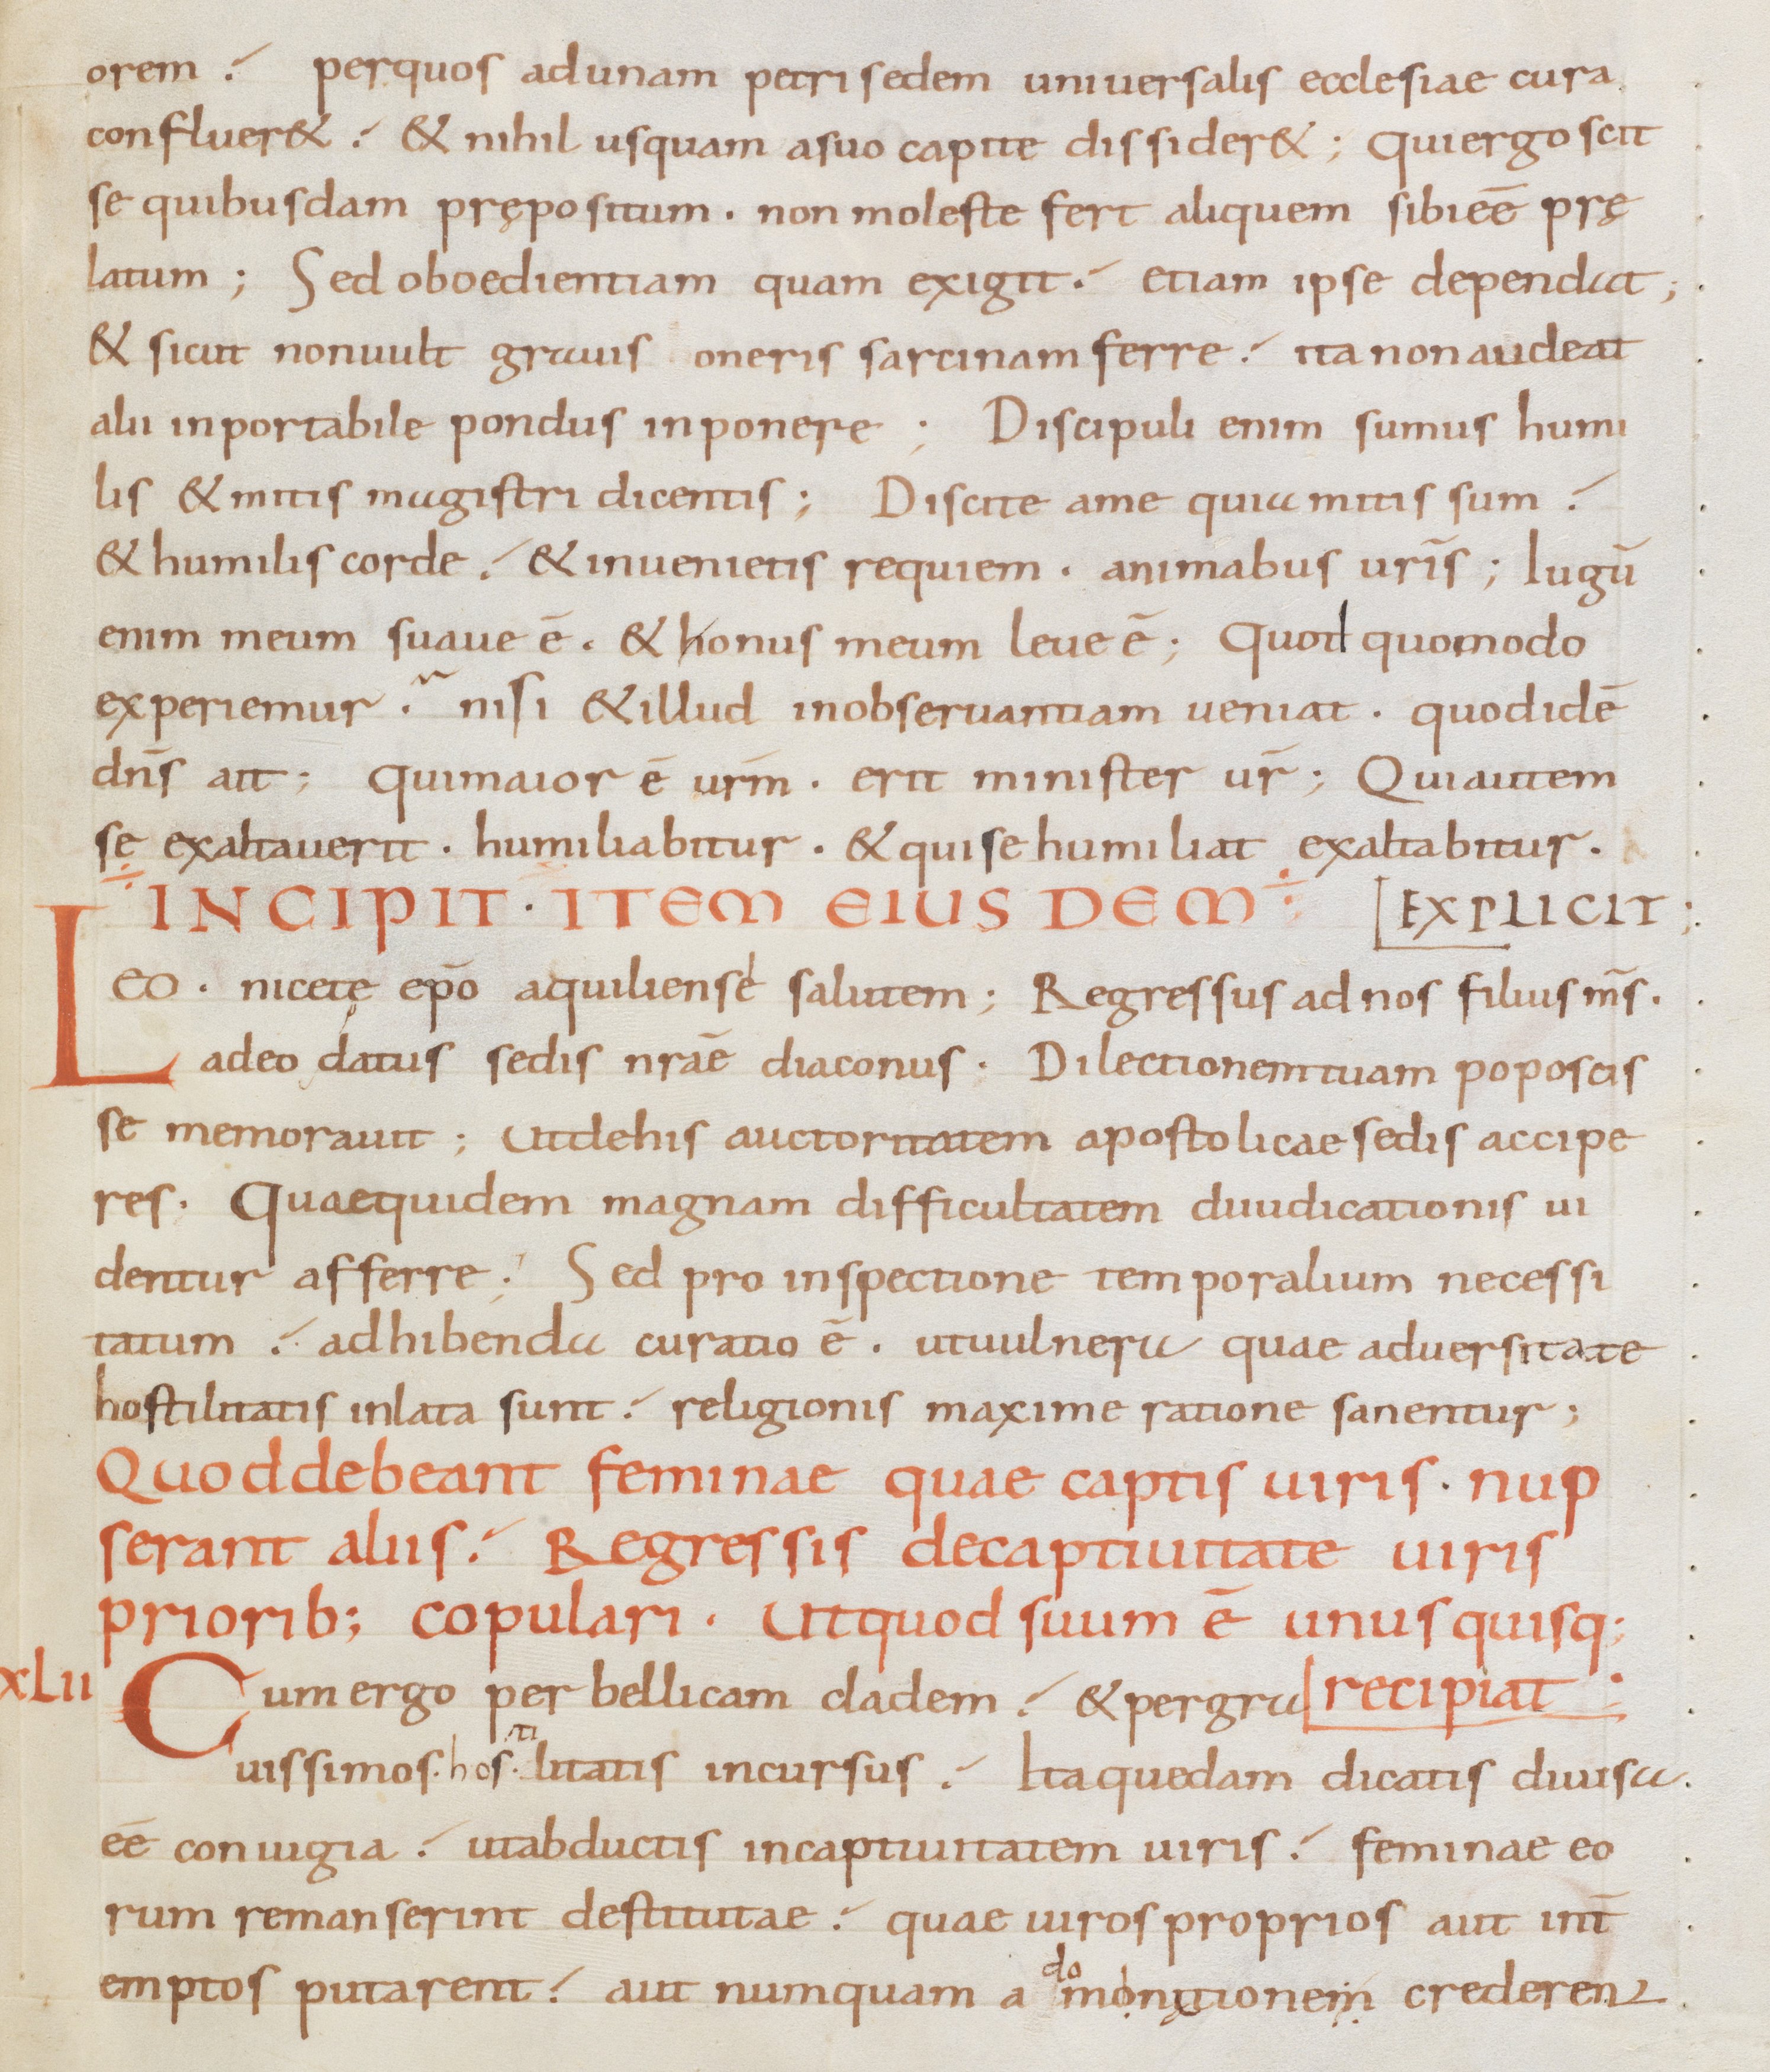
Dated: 805–865